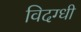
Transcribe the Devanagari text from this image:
विदग्धी